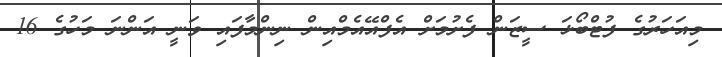
މިއަހަރުގެ ފުޓްބޯޅަ ސީޒަން ފެށުމަށް އެފްއޭއެމްއިން ނިންމާފައި ވަނީ އަންނަ މަހުގެ 16